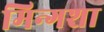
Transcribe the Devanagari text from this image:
मिन्गशा